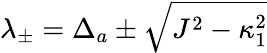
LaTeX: \lambda_{\pm}=\Delta_{a}\pm\sqrt{J^{2}-\kappa_{1}^{2}}